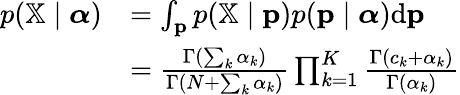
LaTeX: {\begin{array}{rl}{p(\mathbb{X}\mid{\boldsymbol{\alpha}})}&{=\int_{\mathbf{p}}p(\mathbb{X}\mid\mathbf{p})p(\mathbf{p}\mid{\boldsymbol{\alpha}}){\textrm{d}}\mathbf{p}}\\ &{={\frac{\Gamma\left(\sum_{k}\alpha_{k}\right)}{\Gamma\left(N+\sum_{k}\alpha_{k}\right)}}\prod_{k=1}^{K}{\frac{\Gamma(c_{k}+\alpha_{k})}{\Gamma(\alpha_{k})}}}\end{array}}